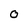
Character: O